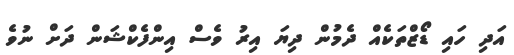
އަދި ހައި ޑޯޒްތަކެއް ދެމުން ދިޔަ އިރު ވެސް އިންފެކްޝަން ދަށް ނުވެ